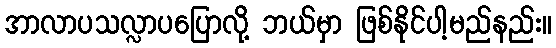
အာလာပသလ္လာပပြောလို့ ဘယ်မှာ ဖြစ်နိုင်ပါ့မည်နည်း။